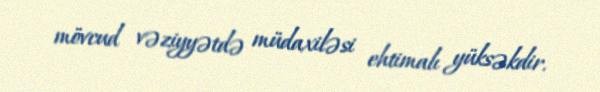
mövcud vəziyyətdə müdaxiləsi ehtimalı yüksəkdir.